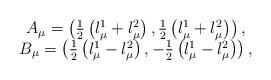
LaTeX: \begin{align*}\begin{array}{c}A_\mu =\left( \frac 12\left( l_\mu ^1+l_\mu ^2\right) ,\frac 12\left( l_\mu^1+l_\mu ^2\right) \right) , \\B_\mu =\left( \frac 12\left( l_\mu ^1-l_\mu ^2\right) ,-\frac 12\left( l_\mu^1-l_\mu ^2\right) \right) ,\end{array}\end{align*}